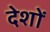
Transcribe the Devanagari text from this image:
देशों